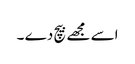
اسے مجھے بیچ دے ۔